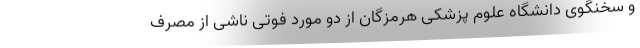
و سخنگوی دانشگاه علوم پزشکی هرمزگان از دو مورد فوتی ناشی از مصرف